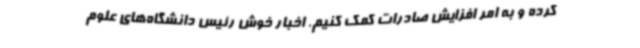
کرده و به امر افزایش صادرات کمک کنیم. اخبار خوش رئیس دانشگاه‌های علوم